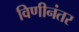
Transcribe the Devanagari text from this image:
विणीनंतर